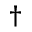
^ { \dagger }